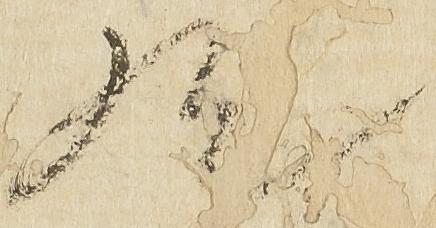
歟